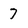
Character: 7